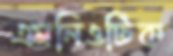
এমনিওটিক